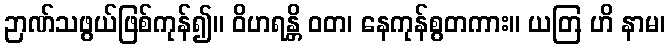
ဉာဏ်သဖွယ်ဖြစ်ကုန်၍။ ဝိဟရန္တိ ဝတ၊ နေကုန်စွတကား။ ယတြ ဟိ နာမ၊